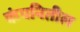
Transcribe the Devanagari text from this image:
कंपनितील